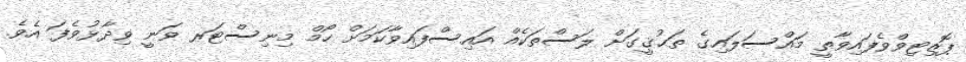
ޕޮޒިޓިވްވެފައިވާތީ މައްސަލައިގެ ތަޙުޤީގަށް ލަސްތަކެއް އައިސްފައިވާކަމަށް ހޯމް މިނިސްޓަރ ވަނީ ވިދާޅުވެފަ އެވެ.